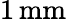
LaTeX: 1\, \mathrm{mm}